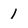
Character: 1